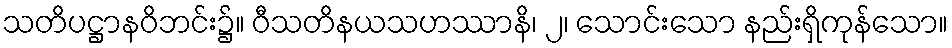
သတိပဋ္ဌာနဝိဘင်း၌။ ဝီသတိနယသဟဿာနိ၊ ၂၊ သောင်းသော နည်းရှိကုန်သော။